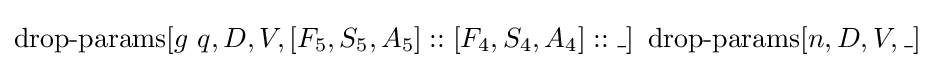
\operatorname {drop-params} [g\ q,D,V,[F_{5},S_{5},A_{5}]::[F_{4},S_{4},A_{4}]::\_]\ \operatorname {drop-params} [n,D,V,\_]